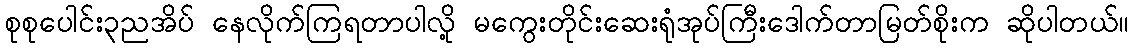
စုစုပေါင်း၃ညအိပ် နေလိုက်ကြရတာပါလို့ မကွေးတိုင်းဆေးရုံအုပ်ကြီးဒေါက်တာမြတ်စိုးက ဆိုပါတယ်။